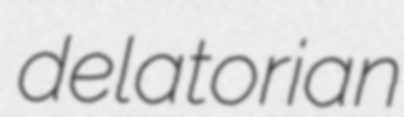
delatorian